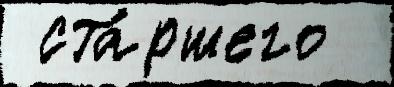
 ста́ршего